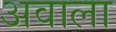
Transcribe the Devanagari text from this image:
अवाला